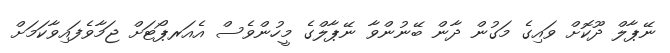
ނޭޕާލް ދޫކޮށް ވައިގެ މަގުން ދާން ބޭނުންވާ ނޭޕާލްގެ މީހުންވެސް އެއަރޕޯޓަށް ޖަމާވެފައިވާކަމަށް